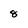
Character: 8